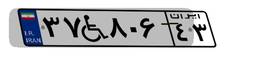
۳۷W۸۰۶۴۳